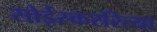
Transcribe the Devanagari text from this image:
सोईस्कररित्या